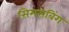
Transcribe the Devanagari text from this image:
सिमसबिंग